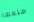
منعها